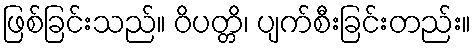
ဖြစ်ခြင်းသည်။ ဝိပတ္တိ၊ ပျက်စီးခြင်းတည်း။